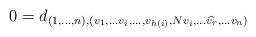
LaTeX: \begin{align*}\begin{aligned}0&=d_{(1,\ldots, n),(v_1, \ldots v_{i},\ldots,v_{h(i)},Nv_i ,\ldots \widehat{v_{r}}, \ldots v_n)}\end{aligned}\end{align*}